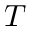
T